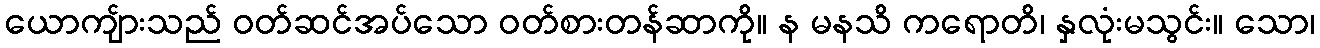
ယောကျ်ားသည် ဝတ်ဆင်အပ်သော ဝတ်စားတန်ဆာကို။ န မနသိ ကရောတိ၊ နှလုံးမသွင်း။ သော၊